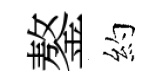
鏊約